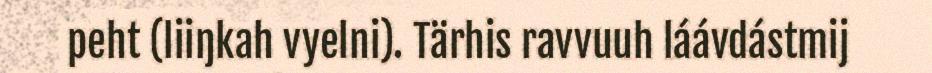
peht (liiŋkah vyelni). Tärhis ravvuuh láávdástmij